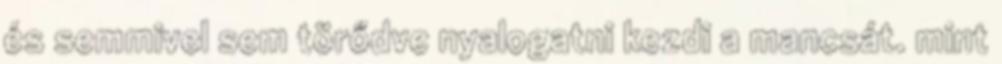
és semmivel sem törődve nyalogatni kezdi a mancsát. mint